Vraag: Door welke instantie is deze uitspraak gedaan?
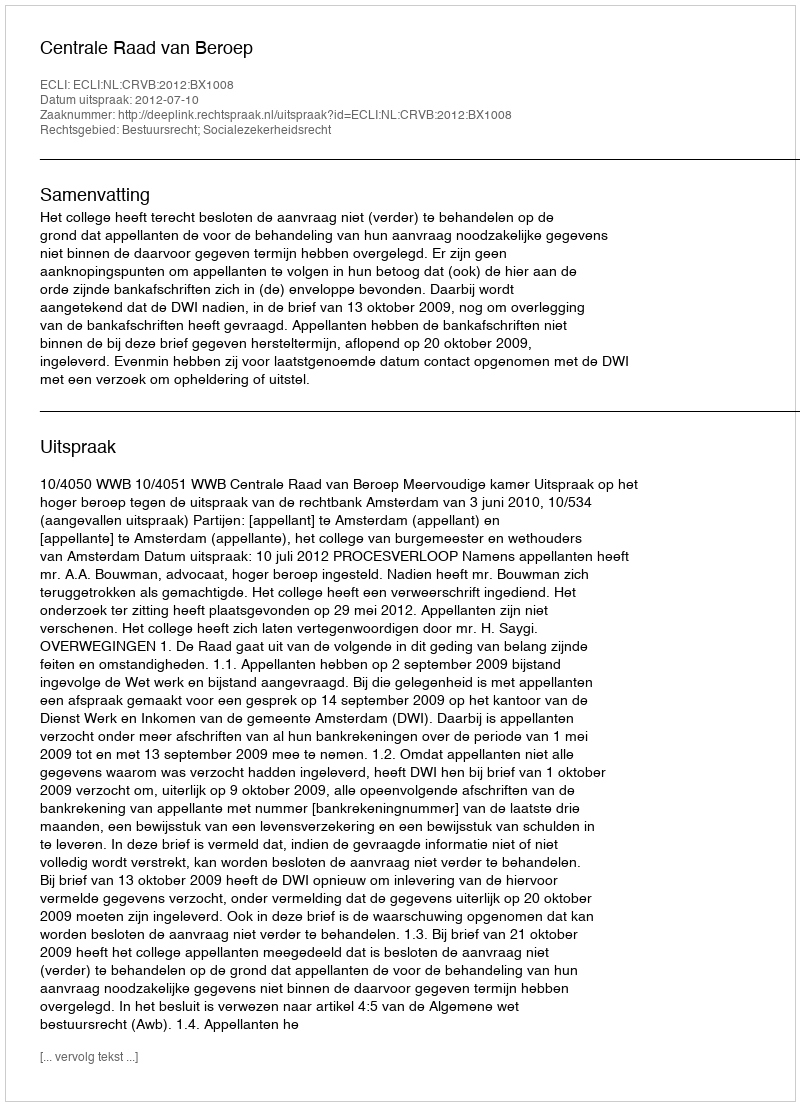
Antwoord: Centrale Raad van Beroep